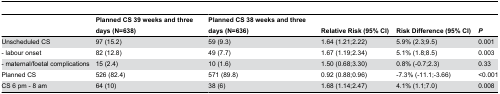
|  | Planned CS 39 weeks and three days (N=638) | Planned CS 38 weeks and three days (N=636) | Relative Risk (95% CI) | Risk Difference (95% CI) | P |
 | --- | --- | --- | --- | --- | --- |
 | Unscheduled CS | 97 (15.2) | 59 (9.3) | 1.64 (1.21;2.22) | 5.9% (2.3;9.5) | 0.001 |
 | - labour onset | 82 (12.8) | 49 (7.7) | 1.67 (1.19;2.34) | 5.1% (1.8;8.5) | 0.003 |
 | - maternal/foetal complications | 15 (2.4) | 10 (1.6) | 1.50 (0.68;3.30) | 0.8% (-0.7;2.3) | 0.33 |
 | Planned CS | 526 (82.4) | 571 (89.8) | 0.92 (0.88;0.96) | -7.3% (-11.1;-3.66) | <0.001 |
 | CS 6 pm - 8 am | 64 (10) | 38 (6) | 1.68 (1.14;2.47) | 4.1% (1.1;7.0) | 0.008 |